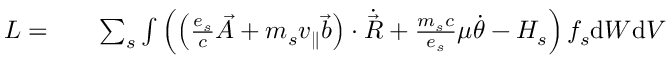
\begin{array} { r l r } { L = } & { { } } & { \sum _ { s } \int \left( \left( \frac { e _ { s } } { c } \Vec { A } + m _ { s } v _ { \parallel } \Vec { b } \right) \cdot \Dot { \Vec { R } } + \frac { m _ { s } c } { e _ { s } } \mu \Dot { \theta } - H _ { s } \right) f _ { s } \mathrm { d } W \mathrm { d } V } \end{array}